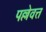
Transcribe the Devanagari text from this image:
पल्लेवत्त